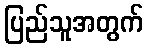
ပြည်သူအတွက်